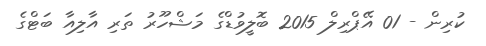
ކުރިން - 01 އޭޕްރިލް 2015 ބޮލީވުޑްގެ މަޝްހޫރު ތަރި އާލިއާ ބަޓްގެ